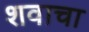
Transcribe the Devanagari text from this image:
शवाचा